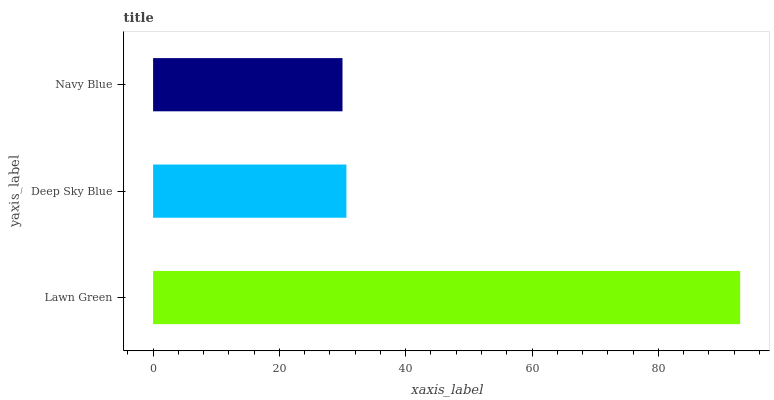
| yaxis_label | bars |
 | --- | --- |
 | Lawn Green | 93 |
 | Deep Sky Blue | 30.6 |
 | Navy Blue | 30 |